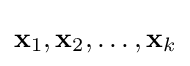
\mathbf {x} _{1},\mathbf {x} _{2},\ldots ,\mathbf {x} _{k}